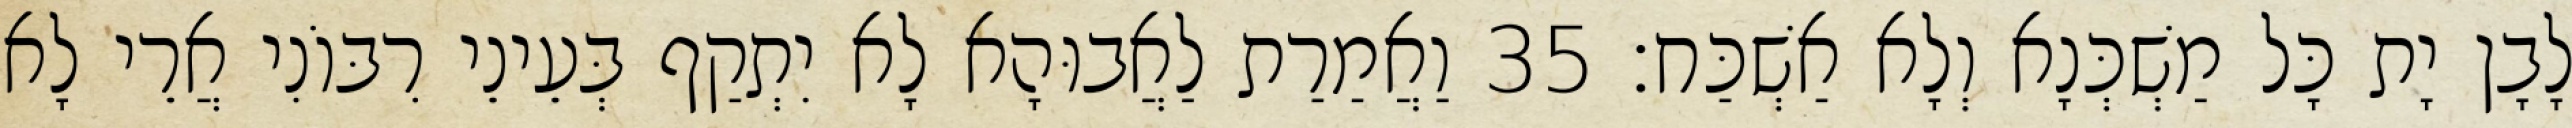
לָבָן יָת כָּל מַשְׁכְּנָא וְלָא אַשְׁכַּח׃ 35 וַאֲמַרַת לַאֲבוּהָא לָא יִתְקַף בְּעֵינֵי רִבּוֹנִי אֲרֵי לָא